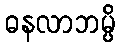
ဓနလာဘမ္ပိ